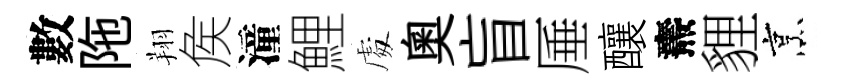
數陁翔矦潼鯉䖏奥盲厜釀燾貍烹